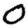
Digit: 0